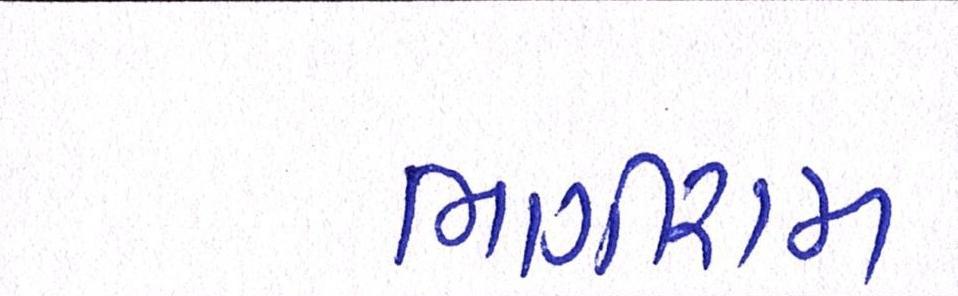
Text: ભાગીરામ